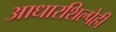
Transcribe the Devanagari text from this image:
आधारशिल्पेही